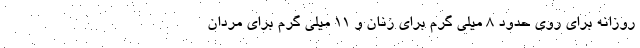
روزانه برای روی حدود 8 میلی گرم برای زنان و 11 میلی گرم برای مردان